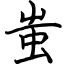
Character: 蚩